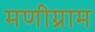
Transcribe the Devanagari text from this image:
मणीग्राम